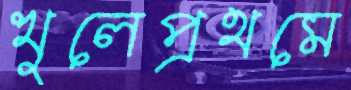
খুলেপ্রথমে